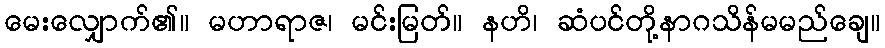
မေးလျှောက်၏။ မဟာရာဇ၊ မင်းမြတ်။ နဟိ၊ ဆံပင်တို့နာဂသိန်မမည်ချေ။